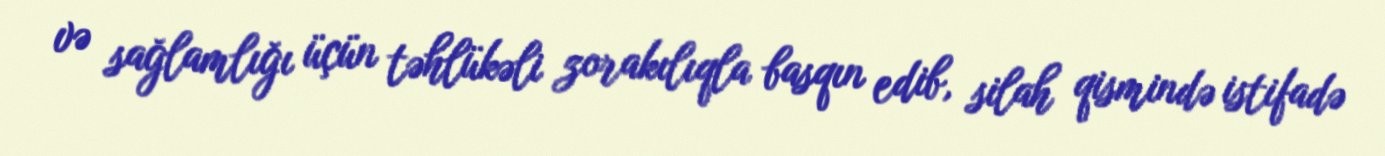
və sağlamlığı üçün təhlükəli zorakılıqla basqın edib, silah qismində istifadə